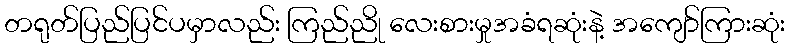
တရုတ်ပြည်ပြင်ပမှာလည်း ကြည်ညို လေးစားမှုအခံရဆုံးနဲ့ အကျော်ကြားဆုံး